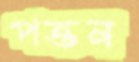
পত্তন